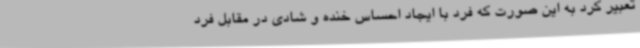
تعبیر کرد به این صورت که فرد با ایجاد احساس خنده و شادی در مقابل فرد